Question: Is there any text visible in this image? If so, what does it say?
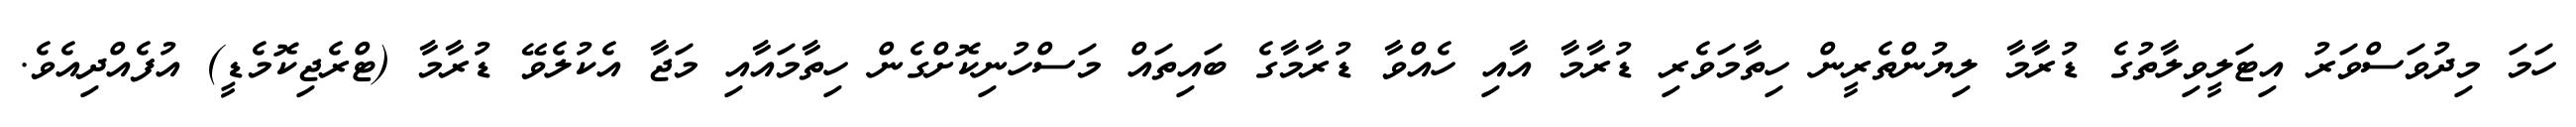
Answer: ހަމަ މިދުވަސްވަރު އިޓަލީވިލާތުގެ ޑުރާމާ ލިޔުންތެރީން ހިތާމަވެރި ޑުރާމާ އާއި ހެއްވާ ޑުރާމާގެ ބައިތައް މަސްހުނިކޮށްގެން ހިތާމައާއި މަޖާ އެކުލެވޭ ޑުރާމާ (ޓްރެޖިކޮމެޑީ) އުފެއްދިއެވެ.